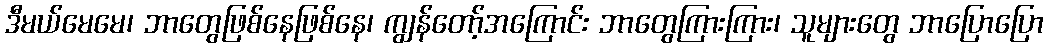
ဒီမယ်မေမေ၊ ဘာတွေဖြစ်နေဖြစ်နေ၊ ကျွန်တော့်အကြောင်း ဘာတွေကြားကြား၊ သူများတွေ ဘာပြောပြော